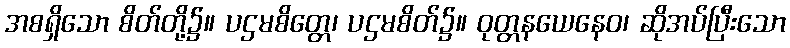
အစရှိသော စိတ်တို့၌။ ပဌမစိတ္တေ၊ ပဌမစိတ်၌။ ဝုတ္တနယေနေဝ၊ ဆိုအပ်ပြီးသော